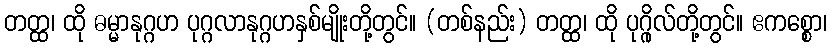
တတ္ထ၊ ထို ဓမ္မာနုဂ္ဂဟ ပုဂ္ဂလာနုဂ္ဂဟနှစ်မျိုးတို့တွင်။ (တစ်နည်း) တတ္ထ၊ ထို ပုဂ္ဂိုလ်တို့တွင်။ ဧကစ္စော၊